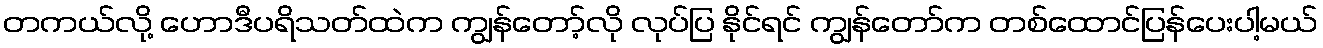
တကယ်လို့ ဟောဒီပရိသတ်ထဲက ကျွန်တော့်လို လုပ်ပြ နိုင်ရင် ကျွန်တော်က တစ်ထောင်ပြန်ပေးပါ့မယ်